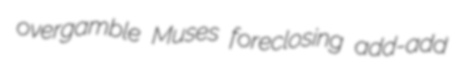
overgamble Muses foreclosing add-add